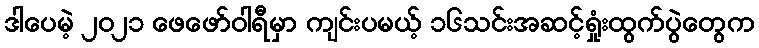
ဒါပေမဲ့ ၂၀၂၁ ဖေဖော်ဝါရီမှာ ကျင်းပမယ့် ၁၆သင်းအဆင့်ရှုံးထွက်ပွဲတွေက